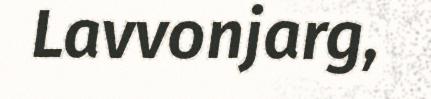
Lavvonjarg,